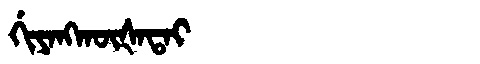
Manchu: ᡤᡳᠶᠠᠩᡴᡡᡧᠠᡨᠠᡳ
Romanization: GIYANGKŪŠATAI